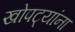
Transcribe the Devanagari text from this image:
खोपट्यांना